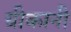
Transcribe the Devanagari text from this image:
ग्रीकानी